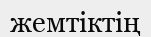
жемтіктің